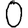
Digit: 0